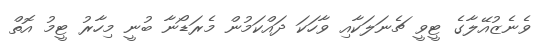
ވެނެޒުއޭލާގެ ޓީވީ ޗެނަލަކާއި ވާހަކަ ދައްކަމުން މެރަޑޯނާ ބުނީ މިހާރު ޓީމު އޮތް